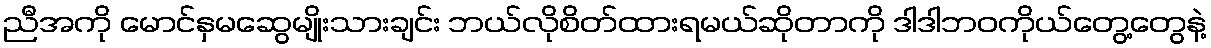
ညီအကို မောင်နှမဆွေမျိုးသားချင်း ဘယ်လိုစိတ်ထားရမယ်ဆိုတာကို ဒါဒါဘဝကိုယ်တွေ့တွေနဲ့